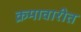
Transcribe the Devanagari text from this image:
क्रमावारीत